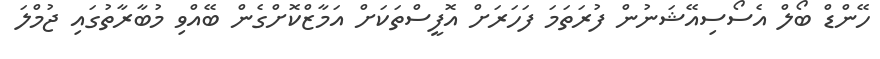
ހޭންޑް ބޯލް އެސޯސިއޭޝަނުން ފުރަތަމަ ފަހަރަށް އޮފީސްތަކަށް އަމާޒްކޮށްގެން ބޭއްވި މުބާރާތުގައި ޖުމްލަ